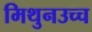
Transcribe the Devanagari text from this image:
मिथुनउच्च